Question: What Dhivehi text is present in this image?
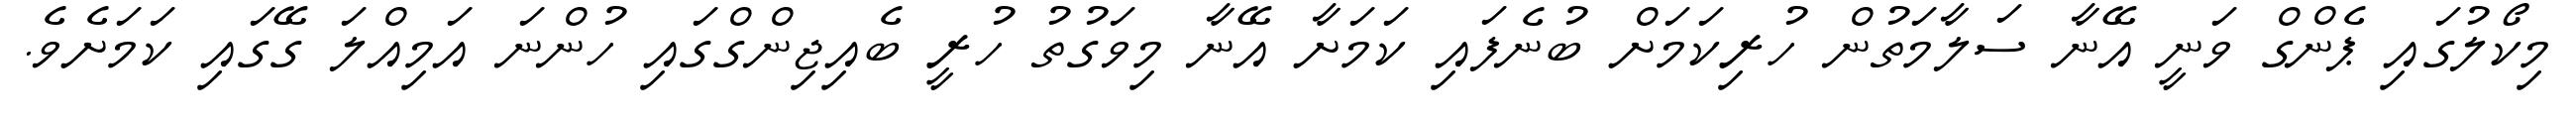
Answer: މިކޯލުގައި ޕެންގް ވަނީ އޭނާ ސަލާމަތުން ހުރިކަމަށް ބުނެފައި ކަމަށާ އޭނާ މިވަގުތު ހުރީ ބެއިޖިންގްގައި ހުންނަ އަމިއްލަ ގޭގައި ކަމަށެވެ.